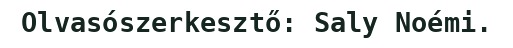
Olvasószerkesztő: Saly Noémi.